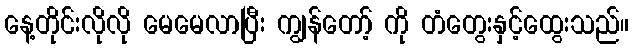
နေ့တိုင်းလိုလို မေမေလာပြီး ကျွန်တော့် ကို တံတွေးနှင့်ထွေးသည်။